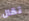
تقال